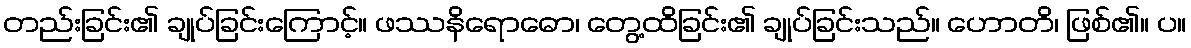
တည်းခြင်း၏ ချုပ်ခြင်းကြောင့်။ ဖဿနိရောဓော၊ တွေ့ထိခြင်း၏ ချုပ်ခြင်းသည်။ ဟောတိ၊ ဖြစ်၏။ ပ။